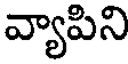
వ్యాపిని